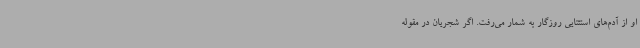
او از آدم‌های استثنایی روزگار به شمار می‌رفت. اگر شجریان در مقوله